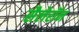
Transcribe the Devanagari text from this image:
सैलेरॉन